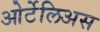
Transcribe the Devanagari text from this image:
ओर्टेलिअस